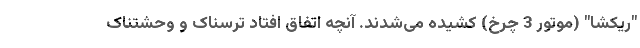
"ریکشا" (موتور 3 چرخ) کشیده می‌شدند. آنچه اتفاق افتاد ترسناک و وحشتناک